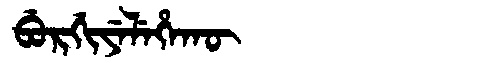
Manchu: ᠪᡠᡵᡤᡳᠶᡝᠯᡝᡥᠠᡴᡡ
Romanization: BURGIYELEHAKŪ